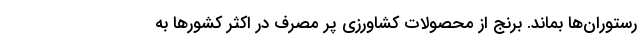
رستوران‌ها بماند. برنج از محصولات کشاورزی پر مصرف در اکثر کشورها به